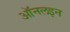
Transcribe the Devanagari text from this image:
ऑनलइन